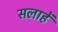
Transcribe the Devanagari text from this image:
सलाहें